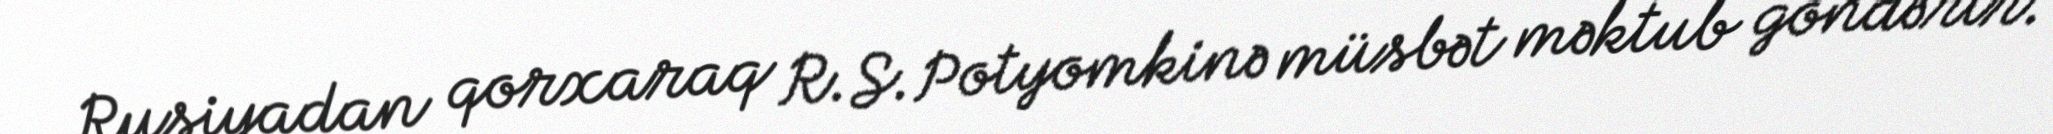
Rusiyadan qorxaraq R.S.Potyomkinə müsbət məktub göndərir.